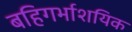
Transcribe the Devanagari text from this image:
बहिगर्भाशयिक